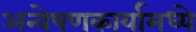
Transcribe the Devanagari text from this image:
अन्वेषणकार्यामध्ये